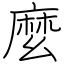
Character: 麼